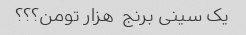
یک سینی برنج  هزار تومن؟؟؟